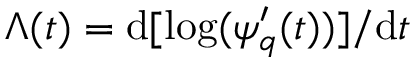
\Lambda ( t ) = \mathrm { d } [ \log ( \psi _ { q } ^ { \prime } ( t ) ) ] / \mathrm { d } t